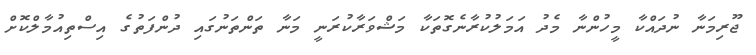
ޖޫރިމަނާ ނުދައްކާ މީހުންނާ މެދު އަމަލުކުރާނެގޮތަކާ މަޝްވަރާކުރަނީ މަނާ ތަންތަނުގައި ދުންފަތުގެ އިސްތިއުމާލްކޮށް